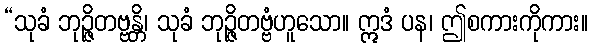
“သုခံ ဘုဉ္ဇိတဗ္ဗန္တိ၊ သုခံ ဘုဉ္ဇိတဗ္ဗံဟူသော။ ဣဒံ ပန၊ ဤစကားကိုကား။